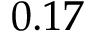
0 . 1 7